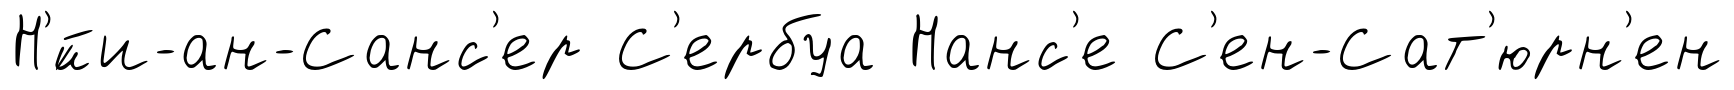
Н'́йи-ан-Санс'ер С'ербуа Нанс'е С'ен-Сат'юрн'ен